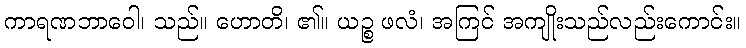
ကာရဏဘာဝေါ၊ သည်။ ဟောတိ၊ ၏။ ယဉ္စ ဖလံ၊ အကြင် အကျိုးသည်လည်းကောင်း။